画像に写った文字を読んでください
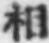
「相」と書いてあります